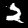
Label: 2